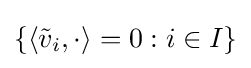
\left\{\left\langle {\tilde {v}}_{i},\cdot \right\rangle =0:i\in I\right\}